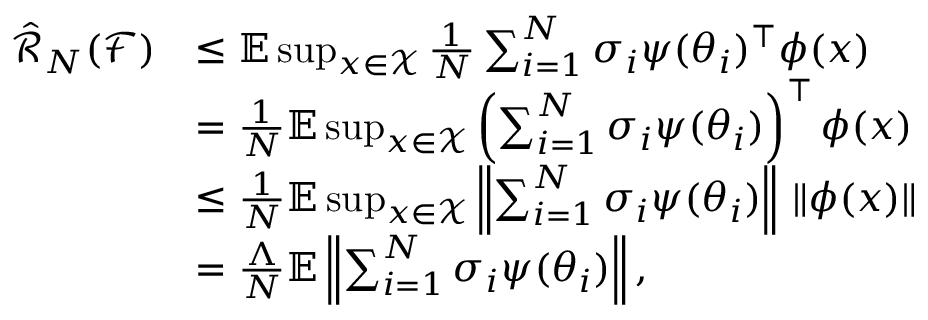
\begin{array} { r l } { \hat { \mathcal { R } } _ { N } ( \mathcal { F } ) } & { \leq \mathbb { E } \operatorname* { s u p } _ { x \in \mathcal { X } } \frac { 1 } { N } \sum _ { i = 1 } ^ { N } \sigma _ { i } \psi ( \theta _ { i } ) ^ { \top } \phi ( x ) } \\ & { = \frac { 1 } { N } \mathbb { E } \operatorname* { s u p } _ { x \in \mathcal { X } } \left( \sum _ { i = 1 } ^ { N } \sigma _ { i } \psi ( \theta _ { i } ) \right) ^ { \top } \phi ( x ) } \\ & { \leq \frac { 1 } { N } \mathbb { E } \operatorname* { s u p } _ { x \in \mathcal { X } } \left\| \sum _ { i = 1 } ^ { N } \sigma _ { i } \psi ( \theta _ { i } ) \right\| \, \| \phi ( x ) \| } \\ & { = \frac { \Lambda } { N } \mathbb { E } \left\| \sum _ { i = 1 } ^ { N } \sigma _ { i } \psi ( \theta _ { i } ) \right\| , } \end{array}